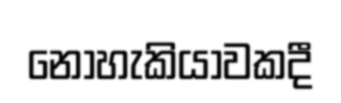
නොහැකියාවකදී